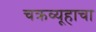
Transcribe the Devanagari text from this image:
चक्रव्यूहाचा